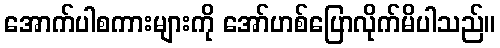
အောက်ပါစကားများကို အော်ဟစ်ပြောလိုက်မိပါသည်။